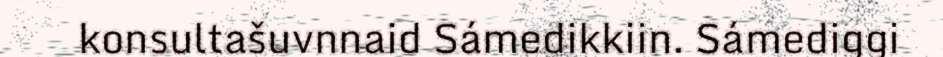
konsultašuvnnaid Sámedikkiin. Sámediggi